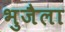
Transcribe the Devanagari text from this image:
भुजैला